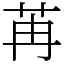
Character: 苒